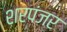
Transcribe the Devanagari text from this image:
शरपंजर